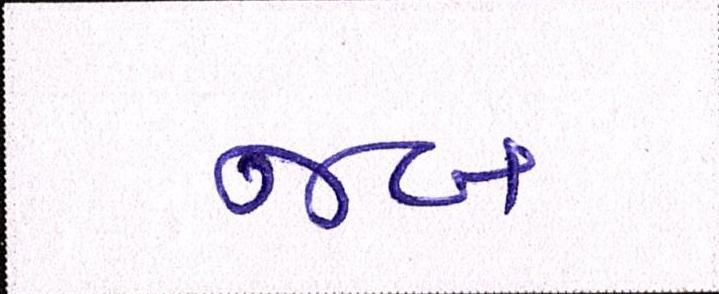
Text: જબ